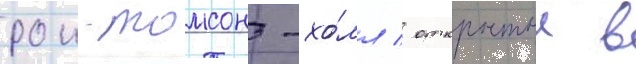
рои-томсон-хо́лл / открытыи в